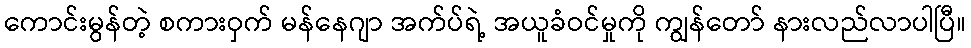
ကောင်းမွန်တဲ့ စကားဝှက် မန်နေဂျာ အက်ပ်ရဲ့ အယူခံဝင်မှုကို ကျွန်တော် နားလည်လာပါပြီ။